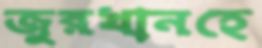
জুরখানহে